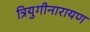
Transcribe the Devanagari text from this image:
त्रियुगीनारायण